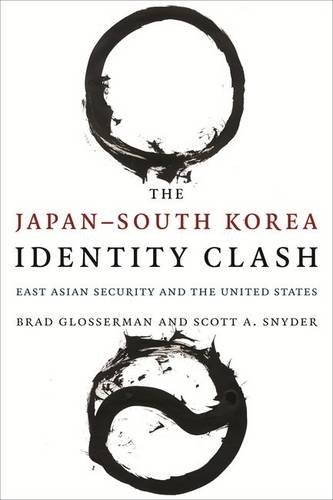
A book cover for The Japan-South Korea Identity Clash: East Asian Security and the United States (Contemporary Asia in the World); Brad Glosserman; History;